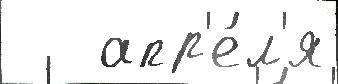
   апр'е́л'я